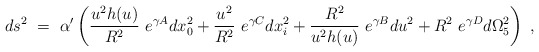
\begin{align*}ds^2~=~\alpha ^{\prime}\left (\frac{u^2h(u)}{R^2}~e^{\gamma A}dx_0^2+\frac{u^2}{R^2}~e^{\gamma C}dx_i^2+\frac{R^2}{u^2h(u)}~e^{\gamma B}du^2+R^2~e^{\gamma D}d\Omega _5^2\right )~,\end{align*}